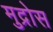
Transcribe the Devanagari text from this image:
मुद्रोस